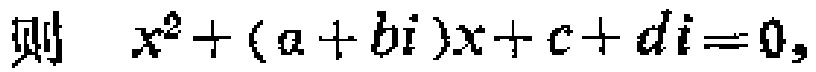
则 \(x^{2}+(a + bi)x + c + di = 0\)，